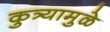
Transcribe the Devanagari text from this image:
कुत्र्यामुळे